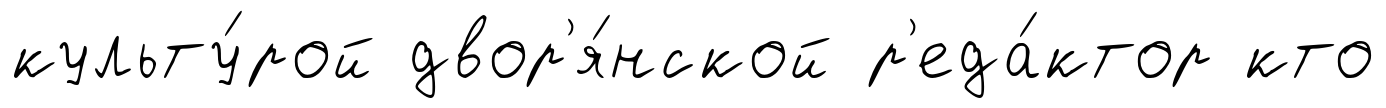
культу́рой двор'я́нской р'еда́ктор кто